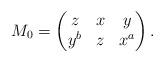
LaTeX: \begin{align*}M_0=\begin{pmatrix}z & x & y\\y^b & z & x^a\\\end{pmatrix}.\end{align*}